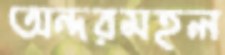
অন্দরমহল